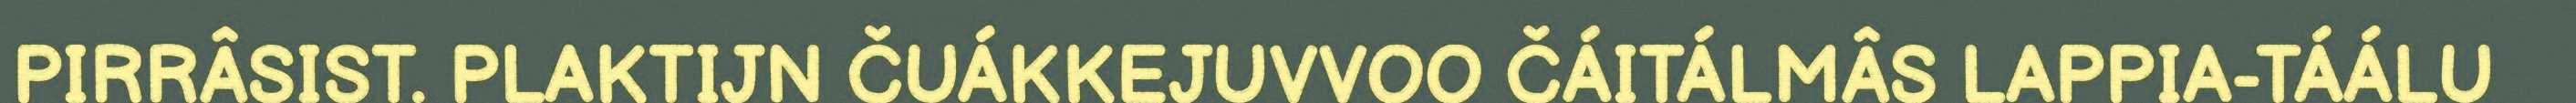
PIRRÂSIST. PLAKTIJN ČUÁKKEJUVVOO ČÁITÁLMÂS LAPPIA-TÁÁLU